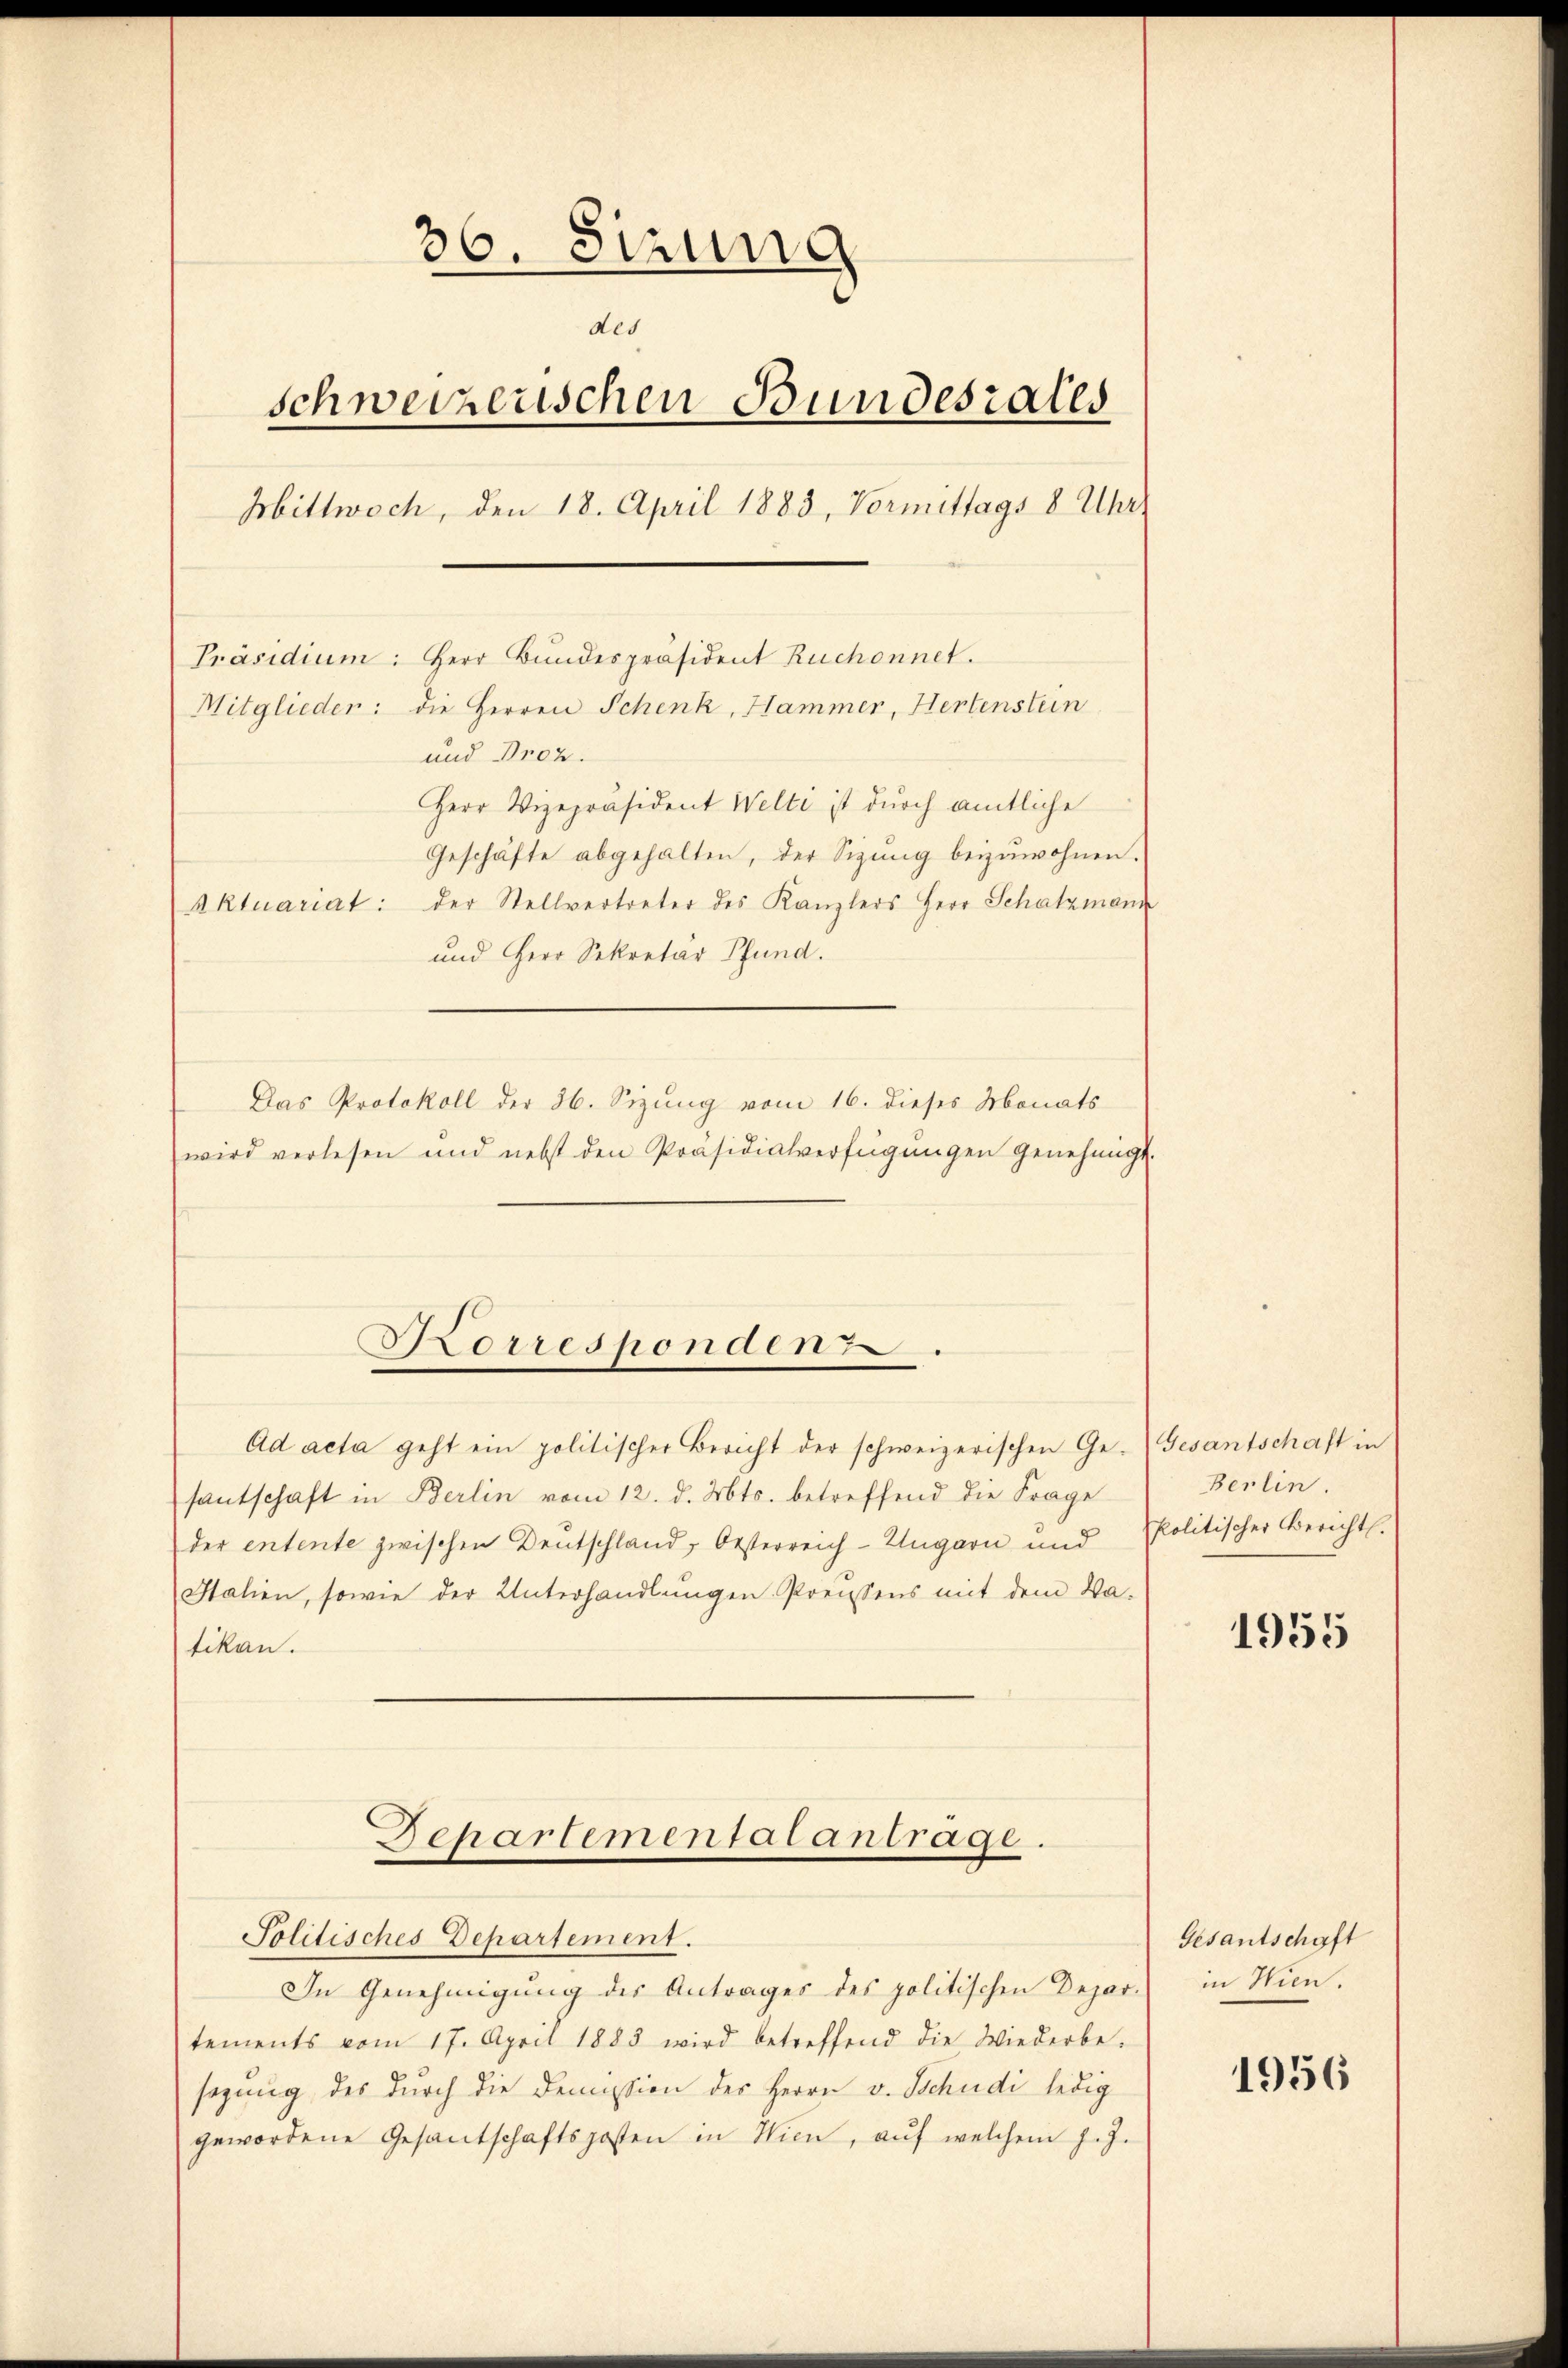
36. Sizung
des
schweizerischen Bundesrates
Mittwoch, den 18. April 1883, Vormittags 8 Uhr
Präsidium: Herr Bundespräsident Ruchonnet.
Mitglieder: die Herren Schenk, Hammer, Hertenstein
und Droz.
Herr Vizepräsident Welti ist durch amtliche
Geschäfte abgehalten, der Sigŭng beizuwohnen.
Aktuariat: der Stellvertreter des Kanzlers Herr Schatzmann
und Herr Sekretär Pfund.
Das Protokoll der 36. Sizung vom 16. dieses Monats

wird verlesen und nebst den Präsidialverfügŭngen genehmigt.
Ad acta geht ein politischer Bericht der schweizerischen Ge- Gesantschaft in
santschaft in Berlin vom 12. d. Mts. betreffend die Frage
der entente zwischen Deutschland, Oesterreich-Ungarn und
Halien, sowie der Unterhandlungen Preussens mit dem Va-
tikan.
Schartementatantrage.
Solitisches Departement.
In Genehmigung des Antrages des politischen Depar-
tements vom 17. April 1883 wird betreffend die Wiederbe-
sagung des durch die Demission des Herrn v. Schudi ledig
gewordene Gesantschaftsposten in Wien, aŭf welchem J. J.

Korresponden.

Berlin.
politischer Bericht.

1955

Gesantschaft
in Wien.

1956